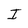
Character: I